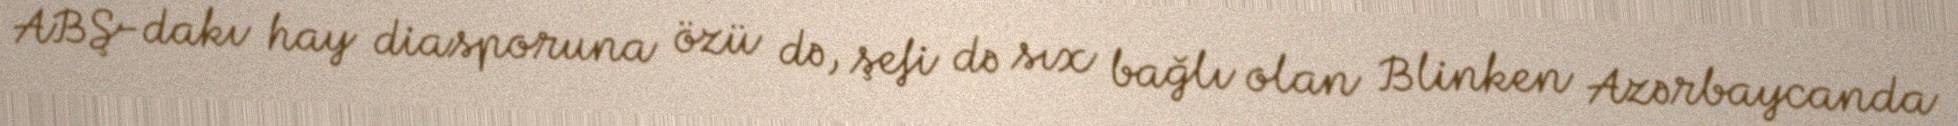
ABŞ-dakı hay diasporuna özü də, şefi də sıx bağlı olan Blinken Azərbaycanda